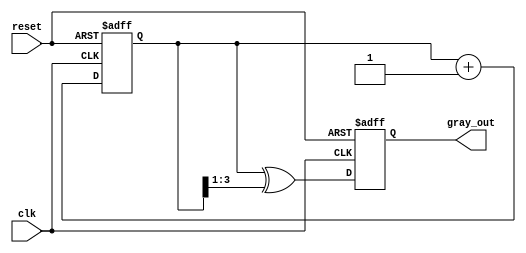
module gray_code_counter #(
    parameter N = 4  // Number of bits for the binary counter (default is 4)
)(
    input wire clk,        // Clock signal
    input wire reset,      // Asynchronous reset signal
    output reg [N-1:0] gray_out // Gray code output
);

    reg [N-1:0] binary_cnt; // Internal binary counter

    // Gray code conversion function
    function [N-1:0] binary_to_gray;
        input [N-1:0] bin;
        begin
            binary_to_gray = bin ^ (bin >> 1);
        end
    endfunction

    // Sequential logic for binary counter
    always @(posedge clk or posedge reset) begin
        if (reset) begin
            binary_cnt <= 0;    // Reset the binary counter
            gray_out <= binary_to_gray(0); // Reset the Gray code output
        end
        else begin
            binary_cnt <= binary_cnt + 1;  // Increment the binary counter
            gray_out <= binary_to_gray(binary_cnt); // Convert to Gray code
        end
    end

endmodule